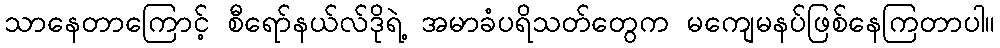
သာနေတာကြောင့် စီရော်နယ်လ်ဒိုရဲ့ အမာခံပရိသတ်တွေက မကျေမနပ်ဖြစ်နေကြတာပါ။